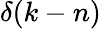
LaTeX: \delta(k-n)